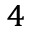
^ 4